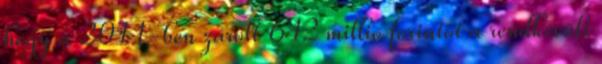
hogy a 2011-ben zárolt 642 millió forintot a rendkívüli